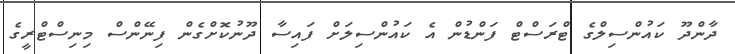
ދާންދޫ ކައުންސިލްގެ ޓްރަސްޓް ފަންޑުން އެ ކައުންސިލަށް ފައިސާ ދޫނުކޮށްގެން ފިނޭންސް މިނިސްޓްރީގެ